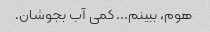
هوم، ببینم... کمی آب بجوشان.